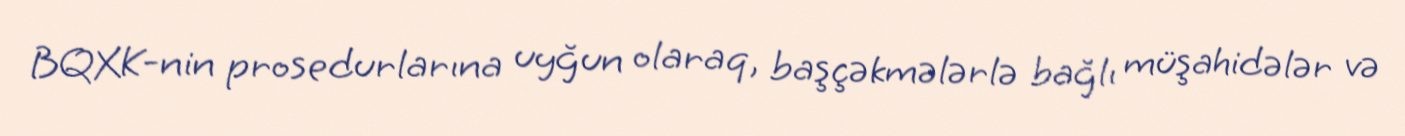
BQXK-nin prosedurlarına uyğun olaraq, başçəkmələrlə bağlı müşahidələr və